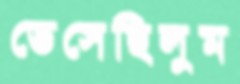
ভেসেছিলুম